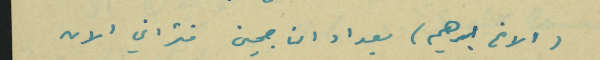
(الاخ ابرهيم) بعداد الناجحين فتراني الان